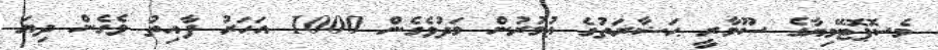
މެސޮޕޮޓޭމިޔާގެ ސޫމާރީ ޙަޟާރަތުގެ ޢުމުރުން މަދުވެގެން 1000 އަހަރު ފާއިތު ވެގެން ދިޔަ